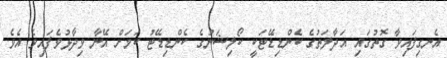
އެނގިފައިވާ ގޮތުގައި އަދާލަތުގެ ކެންޑިޑޭޓަކީ ކޯލިޝަނުގެ ކެންޑިޑޭޓު ކަމަށް އޭނާ ވިދާޅުވެފައިވެ އެވެ.